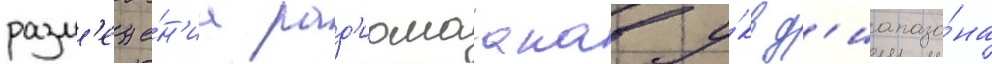
разм'еще́н'иа рад'иомаакав у́кв д'иапазо́на